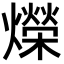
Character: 爃